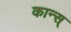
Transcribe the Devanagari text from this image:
कान्स्